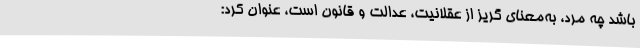
باشد چه مرد، به‌معنای گریز از عقلانیت، عدالت و قانون است، عنوان کرد: